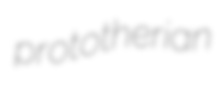
prototherian